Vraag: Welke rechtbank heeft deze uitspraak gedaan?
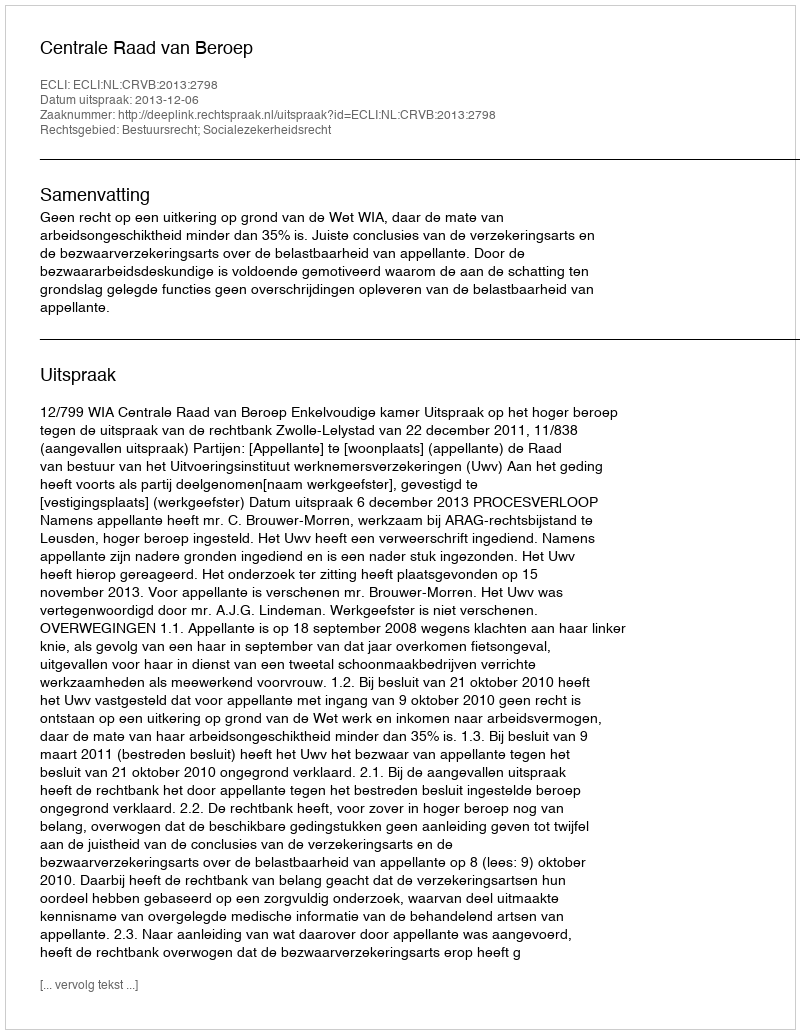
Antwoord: Centrale Raad van Beroep